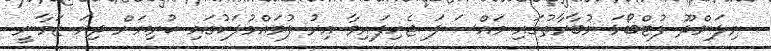
ނިލަންދޫ ފުޓްބޯޅަ މުބާރާތުގައި މައްސަލަ ޖެހިފައިވާ އިރު ފުވައްމުލަކުގައި ކުރިޔަށް ދިޔަ ޒަމާނީ